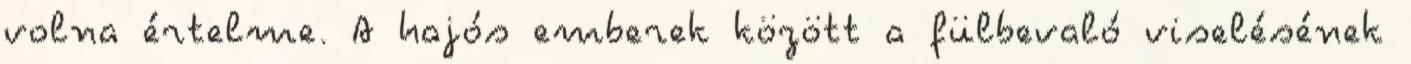
volna értelme. A hajós emberek között a fülbevaló viselésének